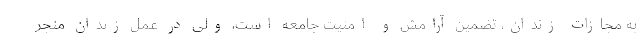
به مجازات زندان، تضمین آرامش و امنیت جامعه است، ولی در عمل زندان منجر